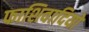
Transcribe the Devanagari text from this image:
फाशिवादियों